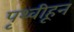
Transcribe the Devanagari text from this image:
पृथ्वीहून